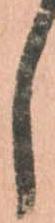
し